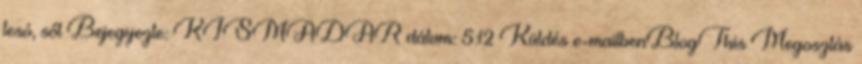
tesó, sőt Bejegyezte: KISMADAR dátum: 5:12 Küldés e-mailbenBlogThis Megosztás